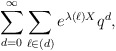
\begin{align*}\sum_{d=0}^\infty \sum_{\ell\in (d)} e^{\lambda(\ell)X}q^d,\end{align*}